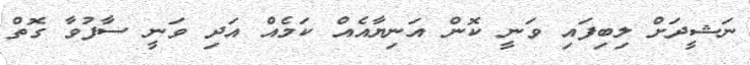
ނަޝީދަށް ލިބިފައި ވަނީ ކޮން އަނިޔާއެއް ކަމެއް އަދި ވަނީ ސާފުވާ ގޮތް